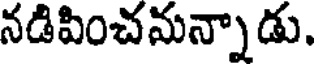
నడిపించమన్నాడు.